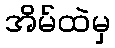
အိမ်ထဲမှ